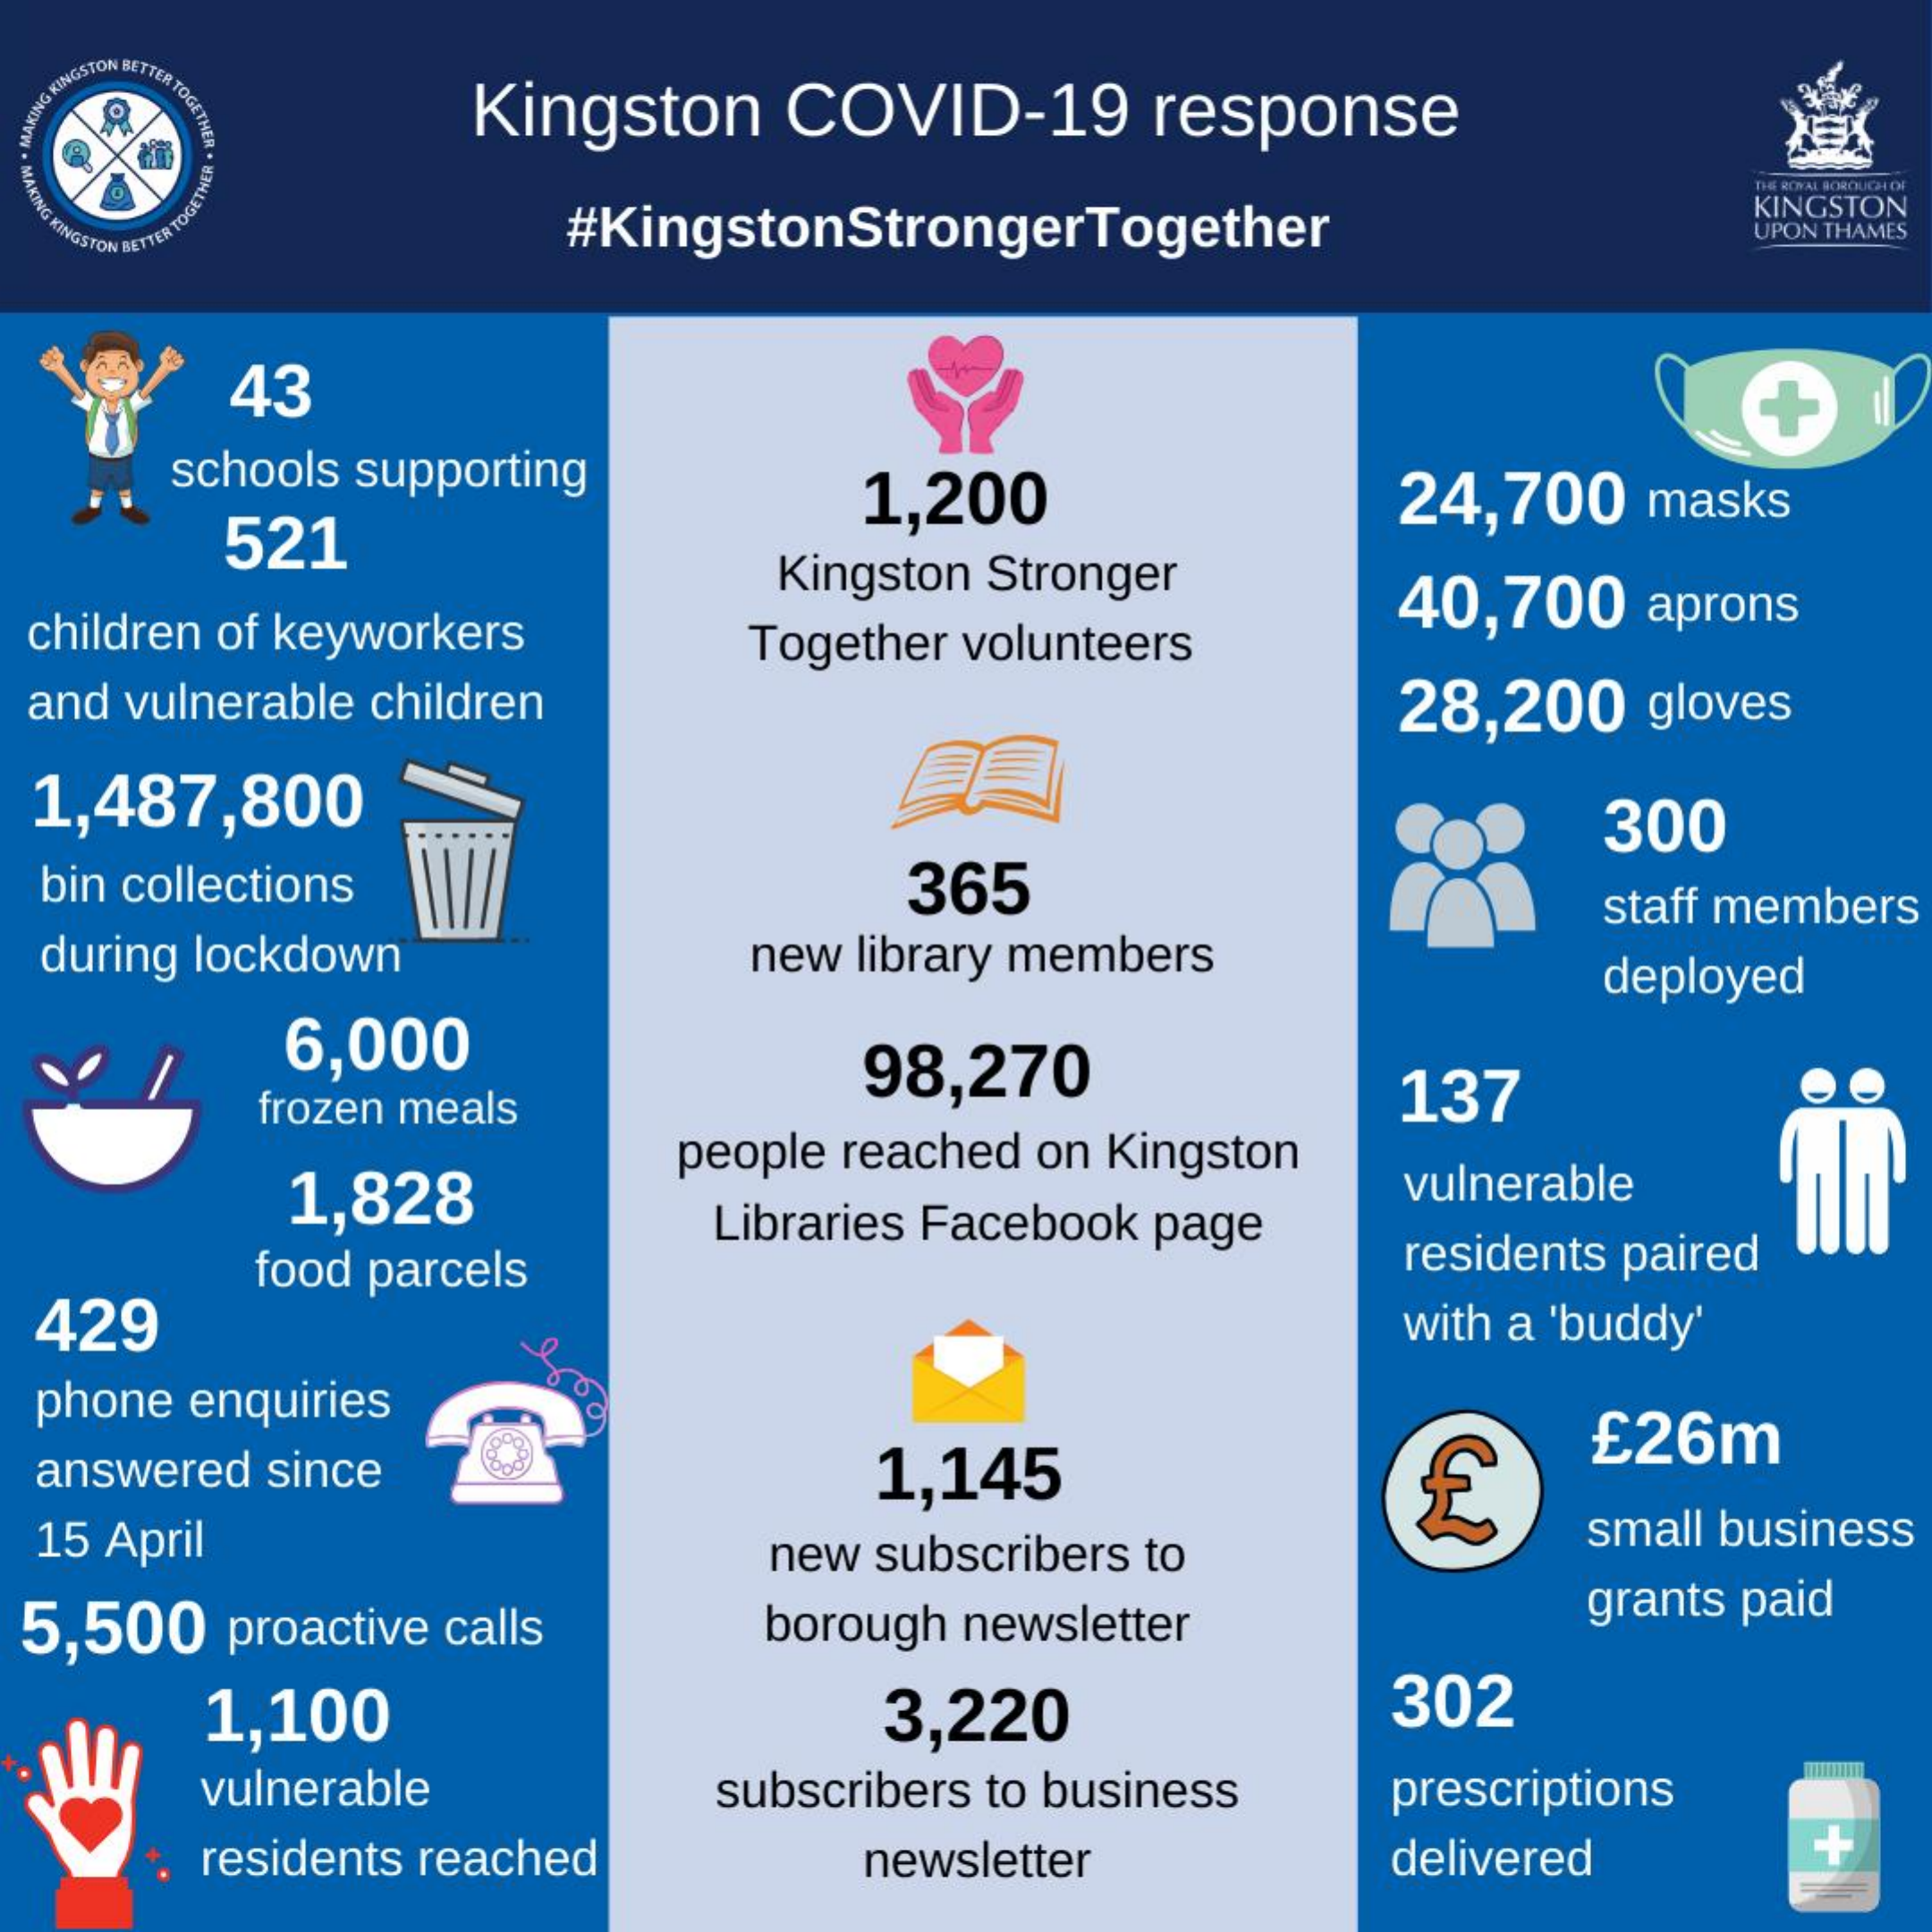
ANNIS
  KINGSTON BETTER
     TOGETMA Kingston COVID-19 response
  G
  KINGSTON BETTER
     TOGENIN   #KingstonStrongerTogether
     THE ROYAL BOX
     KINGSTON
     UPON THAMES
     43
     schools supporting
     521
     1,200    24,700 masks
     Kingston Stronger
  children of keyworkers
     40,700 aprons
     Together volunteers
  and vulnerable children    28,200 gloves
  1,487,800    300
  bin collections    365
  during lockdown
     staff members
     new library members
     6,000
     deployed
     98,270
     frozen meals    137
     1,828
     people reached on Kingston
     food parcels
     Libraries Facebook page
     vulnerable
     residents paired
  429    with a 'buddy'
  phone enquiries
  answered since    1,145    £
     £26m
  15 April    new subscribers to
     small business
  5,500 proactive calls borough newsletter grants paid
     1,100    3,220    302
     vulnerable   subscribers to business prescriptions
     residents reached newsletter   delivered  +